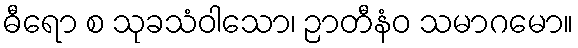
ဓီရော စ သုခသံဝါသော၊ ဉာတီနံဝ သမာဂမော။